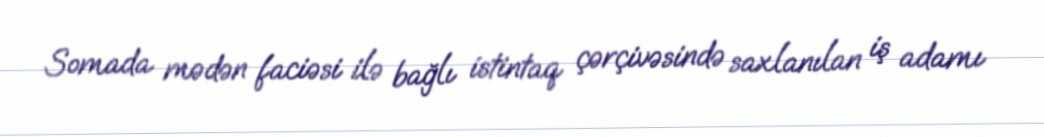
Somada mədən faciəsi ilə bağlı istintaq çərçivəsində saxlanılan iş adamı